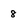
Character: 8